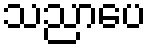
သညာပေ